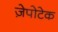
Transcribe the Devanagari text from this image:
ज़ेपोटेक